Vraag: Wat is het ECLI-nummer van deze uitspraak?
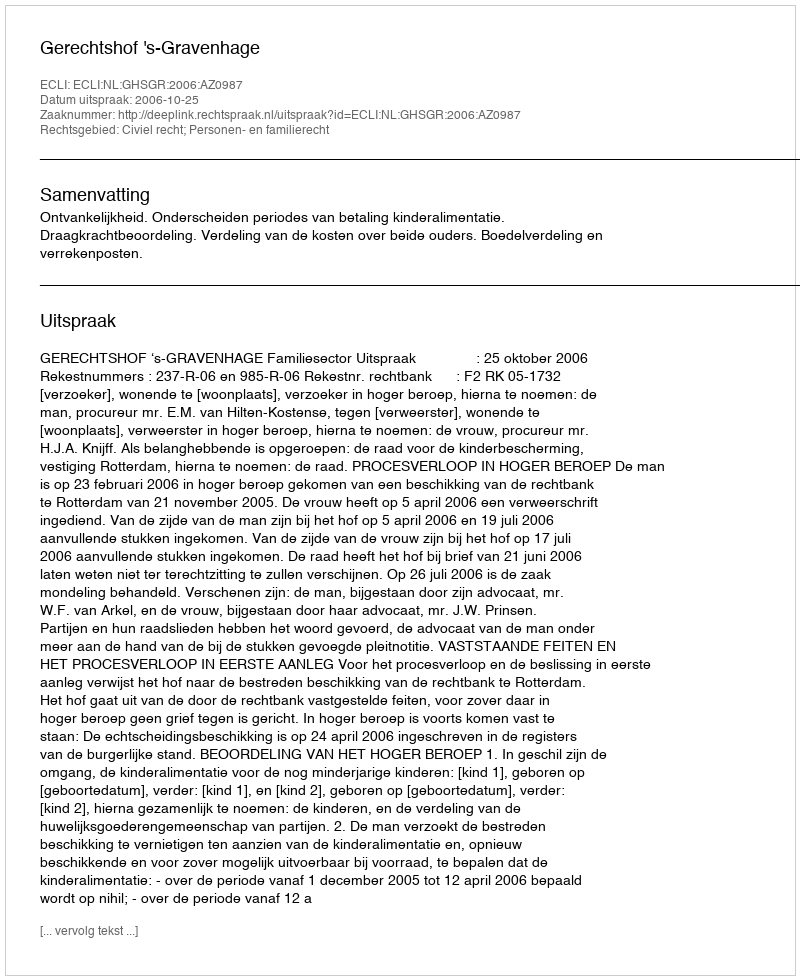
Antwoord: ECLI:NL:GHSGR:2006:AZ0987